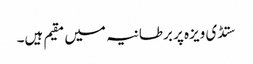
ستڈی ویزہ پر برطانیہ میں مقیم ہیں۔